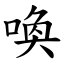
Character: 喚